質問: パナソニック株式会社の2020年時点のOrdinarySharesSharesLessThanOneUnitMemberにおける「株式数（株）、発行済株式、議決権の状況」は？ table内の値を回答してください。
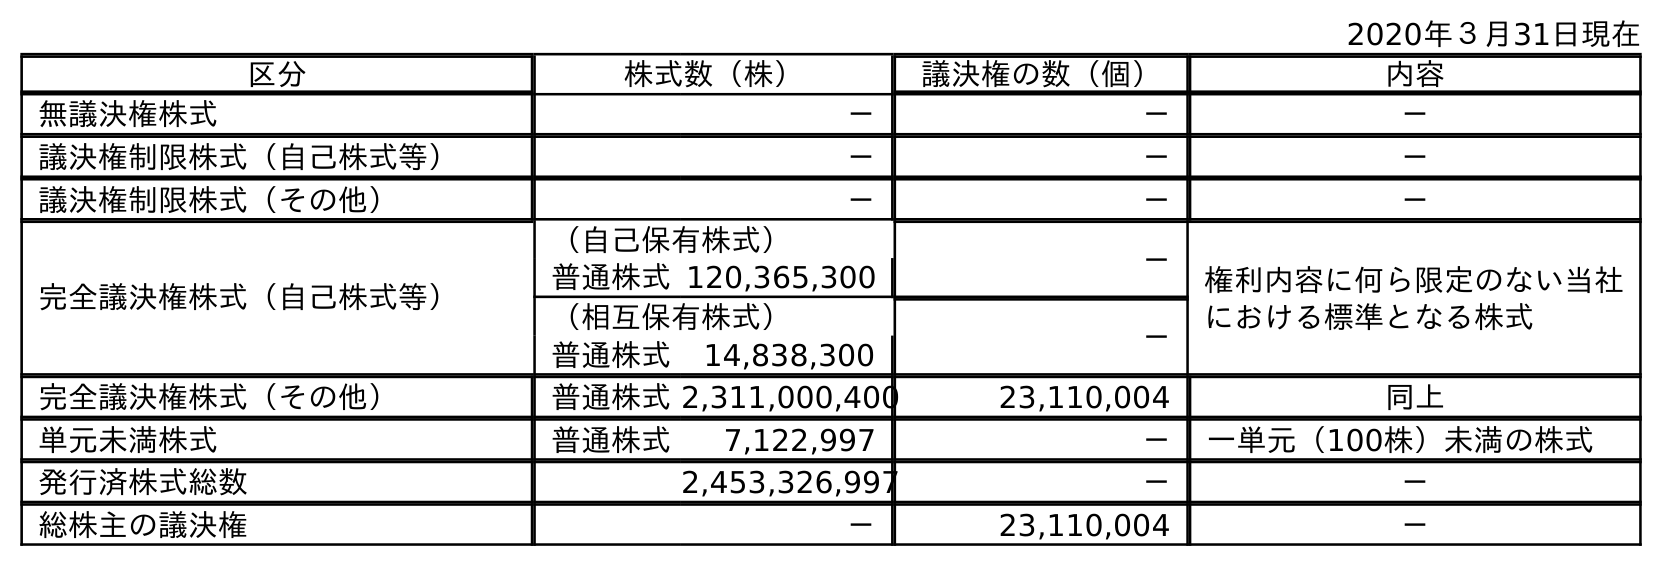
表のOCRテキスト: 2020年３月31日現在 区分 株式数（株） 議決権の数（個） 内容 無議決権株式 － － － 議決権制限株式（自己株式等） － － － 議決権制限株式（その他） － － － 完全議決権株式（自己株式等） （自己保有株式） － 権利内容に何ら限定のない当社 における標準となる株式 普通株式120,365,300 （相互保有株式） － 普通株式 14,838,300 完全議決権株式（その他） 普通株式2,311,000,400 23,110,004 同上 単元未満株式 普通株式 7,122,997 － 一単元（100株）未満の株式 発行済株式総数 2,453,326,997 － － 総株主の議決権 － 23,110,004 －
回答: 7,122,997